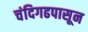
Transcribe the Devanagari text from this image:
चंदिगढपासून